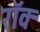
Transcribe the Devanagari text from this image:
रॉक्‍